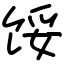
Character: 馁